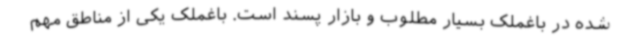
شده در باغملک بسیار مطلوب و بازار پسند است. باغملک یکی از مناطق مهم